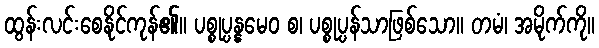
ထွန်းလင်းစေနိုင်ကုန်၏။ ပစ္စုပ္ပန္နမေဝ စ၊ ပစ္စုပ္ပန်သာဖြစ်သော။ တမံ၊ အမိုက်ကို။